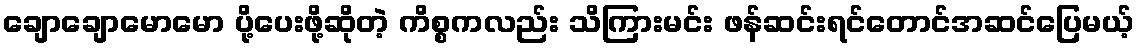
ချောချောမောမော ပို့ပေးဖို့ဆိုတဲ့ ကိစ္စကလည်း သိကြားမင်း ဖန်ဆင်းရင်တောင်အဆင်ပြေမယ့်